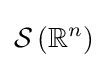
{\mathcal {S}}\left(\mathbb {R} ^{n}\right)